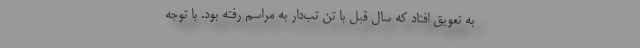
به تعویق افتاد که سال قبل با تن تب‌دار به مراسم رفته بود. با توجه